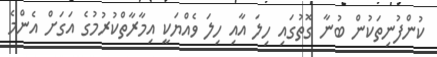
ކުންފުނިތަކުން ބުނާ ގޮތުގައި ހިލަ އާއި ހިލަ ވެއްޔަކީ އިމާރާތްކުރުމުގެ އަގަށް އެންމެ